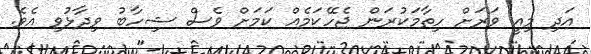
އަދި މިއީ ވަރަށް ހިތާމަކުރަން ޖެހޭކަމެއް ކަމަށް ވެސް ޝިހާބު ވިދާޅުވި އެވެ.